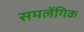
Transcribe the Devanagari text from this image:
समलेंगिक